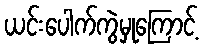
ယင်းပေါက်ကွဲမှုကြောင့်